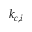
k _ { c , i }